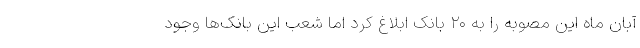
آبان ماه این مصوبه را به ۲۰ بانک ابلاغ کرد اما شعب این بانک‌ها وجود